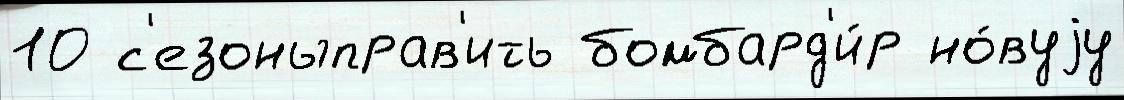
10 с'езоныправ'ить бомбард'и́р но́вуjу